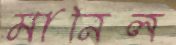
মানিল